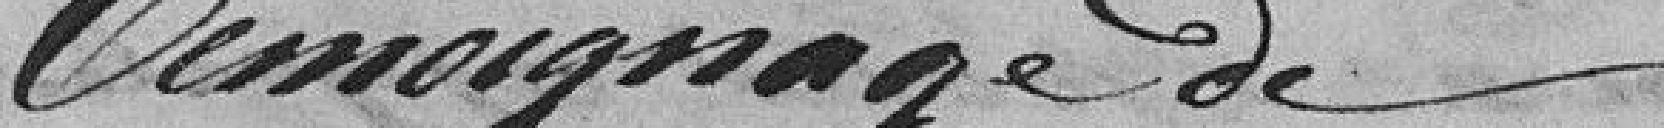
Juster et Rochet